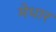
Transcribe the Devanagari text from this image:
मेधार